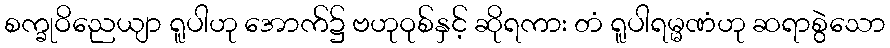
စက္ခုဝိညေယျာ ရူပါဟု အောက်၌ ဗဟုဝုစ်နှင့် ဆိုရကား တံ ရူပါရမ္မဏံဟု ဆရာစွဲသော